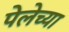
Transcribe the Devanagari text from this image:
पेलेच्या